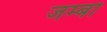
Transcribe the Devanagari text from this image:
जम्बा